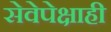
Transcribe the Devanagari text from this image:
सेवेपेक्षाही